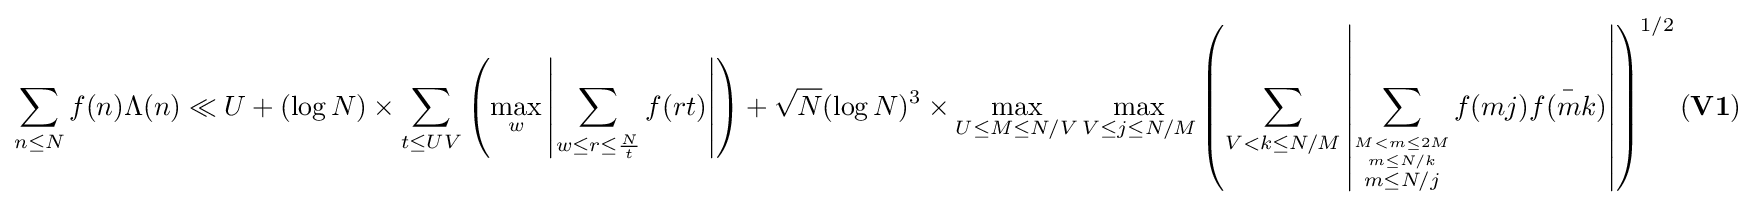
\sum _{n\leq N}f(n)\Lambda (n)\ll U+(\log N)\times \sum _{t\leq UV}\left(\max _{w}\left|\sum _{w\leq r\leq {\frac {N}{t}}}f(rt)\right|\right)+{\sqrt {N}}(\log N)^{3}\times \max _{U\leq M\leq N/V}\max _{V\leq j\leq N/M}\left(\sum _{V<k\leq N/M}\left|\sum _{\stackrel {M<m\leq 2M}{\stackrel {m\leq N/k}{m\leq N/j}}}f(mj){\bar {f(mk)}}\right|\right)^{1/2}\mathbf {(V1)}